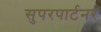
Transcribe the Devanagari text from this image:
सुपरपार्टनर